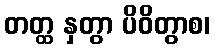
တတ္ထ နှတွာ ပိဝိတွာစ၊